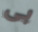
بى